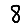
Digit: 8